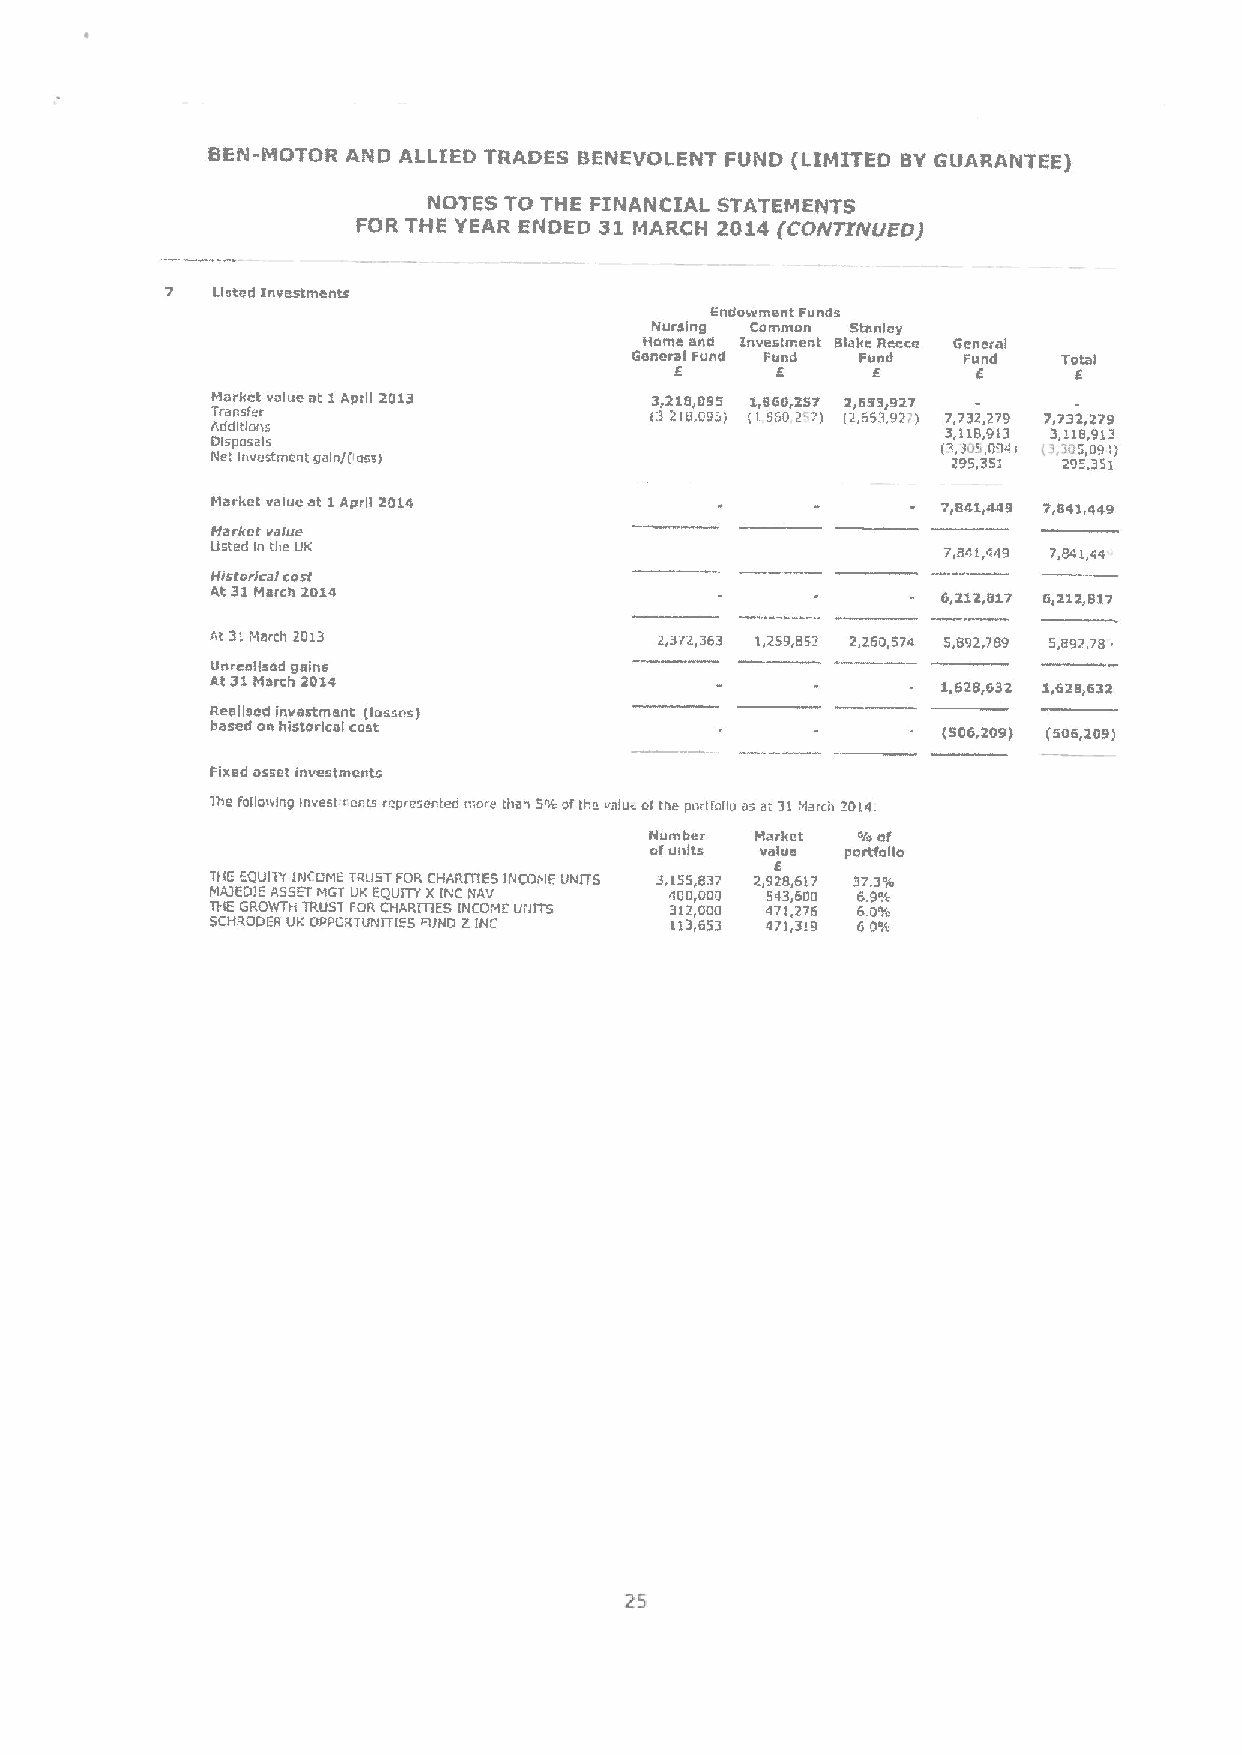
BEN-MOTOR AND ALLIED TRADES BENEVOLENT FUND (LIMITED BYGUARANTEE)
 NOTES TO THE FINANCIAL STATEMENTS
 FOR THE YEAR ENDED 31 MARCH 2014 (CONTINVED)
 7  tlstod Investments
 Endowment Funds
 Nursing Commen Stanley
 Home snd Investment slake Reoca 6eneral
 donerslFund Fund Fiirjrl Fund Total
 6     6      6      6     6
 Market value et 1Aprg 2013   3,218,095 1,860,257 2,653927
 Transfer                     132IEOD'} ll 86D 2'I) I2653921) 7,732,279 7,732,279
 Additions                                        3,118,913 3,118,913
 Olspossls                                       (3,31',0041
 Net Investment gain/0 o.c)                       295,351 295,351
 Market value at 1Aprg 2014                      7,841,449 /,841M49
 Markot value
 Usted ln the UK                                  T,aci,449 7,84i,44
 Nrsforlcsl cost
 At 31March 2014                                 6,212,817 6,212,017
 At 31March 2013               2,372,363 1,259,852 2,260,574 5,892,789 5,892,78
 unreagsod gains
 At 31March 2014                                 1,628,632 1,628,632
 Realised investment (losses}
 based on historical cost                        (506,209) (506,209)
 Fixed asset investments
 lhe foUo.ring invest rcnts ropresentec mo e Orsn 5%oftff slu ofthe portf'olio a-at 31March 2014.
 Number Market v/v ef
 efunits value pertfego
 6
 TlfE EQUITY IIJCOMETRUSTFORCHARmES INCOI IEUNITS 3,155,837 2,928,617 37.3'4
 HA3EO!EASSETMGT UKEQUITY XINC NAD 40D,OOO 543,600 6.9%
 THE GROWTIi TRUST FORCIIARmES INCO, IEUUIT5 312,0DO 471,276 6.0%
 SCHROOER liK OPPORTUNITIES FUND 2INC 113,653 471,319 60%